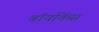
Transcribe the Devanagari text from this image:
बॉयकिंस